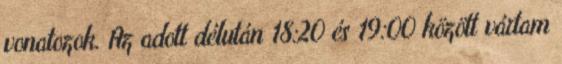
vonatozok. Az adott délután 18:20 és 19:00 között vártam